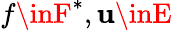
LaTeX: f\inF^{*},\mathbf{u}\inE